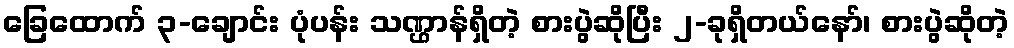
ခြေထောက် ၃-ချောင်း ပုံပန်း သဏ္ဌာန်ရှိတဲ့ စားပွဲဆိုပြီး ၂-ခုရှိတယ်နော်၊ စားပွဲဆိုတဲ့